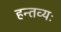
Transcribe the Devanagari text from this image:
हन्तव्यः